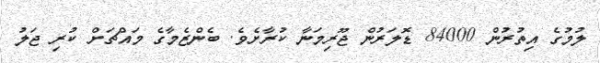
ލުމުގެ އިތުރުން 84000 ޑޮލަރުން ޖޫރިމަނާ ކުރާށެވެ. ބެންޒެމާގެ މައްޗަށް ކުރި ޖަލު